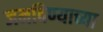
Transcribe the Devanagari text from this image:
जमविण्याच्या